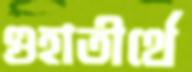
গুহাতীর্থে